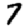
Digit: 7